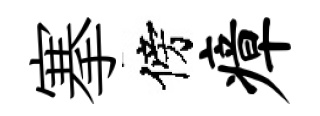
搴傍瘴